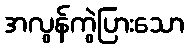
အလွန်ကွဲပြားသော